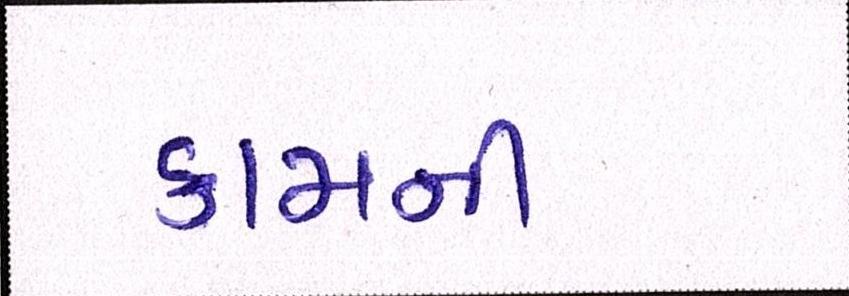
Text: કામની